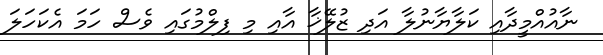
ނާއުއްމީދާއި ކަލާޔާނުލާ އަދި ޒުލޭޚާ އާއި މި ފިލްމުގައި ވެސް ހަމަ އެކަހަލަ